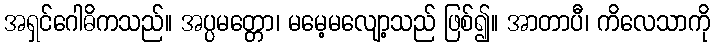
အရှင်ဂေါဓိကသည်။ အပ္ပမတ္တော၊ မမေ့မလျော့သည် ဖြစ်၍။ အာတာပီ၊ ကိလေသာကို